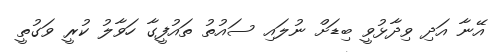
އޭނާ އަދި ވިދާޅުވީ ބިޑަށް ނުލައި ސައުތު ތައުފީގާ ހަވާލު ކުރީ ވަގުތީ